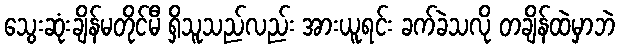
သွေးဆုံးချိန်မတိုင်မီ ရှိသူသည်လည်း အားယူရင်း ခက်ခဲသလို တချိန်ထဲမှာဘဲ